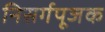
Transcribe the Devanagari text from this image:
निसर्गपूजक